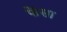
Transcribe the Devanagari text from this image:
फेंसा